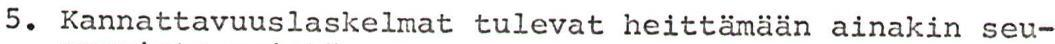
5. Kannattavuuslaskelmat tulevat heittämään ainakin seu-